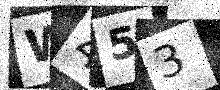
Text: W453